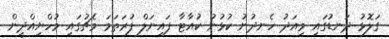
ގަލޮޅު ދަނޑުގައި މިއަދު ހެނދުނު ކުޅުނު ކުއާޓާ ފައިނަލް ފުރަތަމަ މެޗުގައި މުހްޔިއްދީން